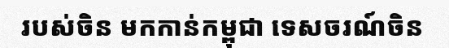
របស់ចិន មកកាន់កម្ពុជា ទេសចរណ៍ចិន